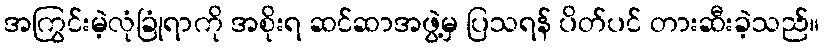
အကြွင်းမဲ့လုံခြုံရာကို အစိုးရ ဆင်ဆာအဖွဲ့မှ ပြသရန် ပိတ်ပင် တားဆီးခဲ့သည်။